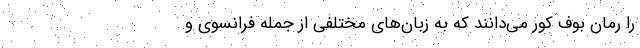
را رمان بوف کور می‌دانند که به زبان‌های مختلفی از جمله فرانسوی و